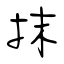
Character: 抹